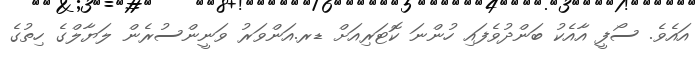
އައެވެ. ސޯފީ އާއެކު ބަންދުވެފައި ހުންނަ ކޮޓަރިއަށް ޑރ.އަންވަރު ވަނީންސުރެން ލަޔާލްގެ ހިތުގެ